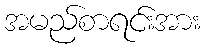
အမည်စာရင်းအား